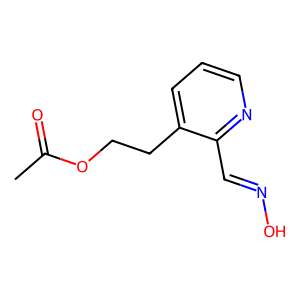
SMILES: CC(=O)OCCc1cccnc1C=NO
Inhibits HIV replication: No